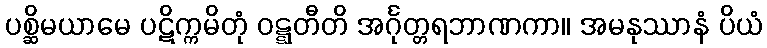
ပစ္ဆိမယာမေ ပဋိက္ကမိတုံ ဝဋ္ဋတီတိ အင်္ဂုတ္တရဘာဏကာ။ အမနုဿာနံ ပိယံ